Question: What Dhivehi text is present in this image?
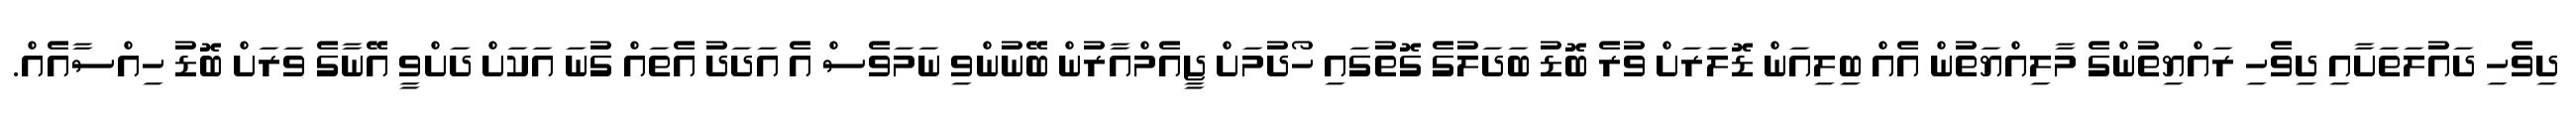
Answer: ދިވެހި ދައުލަތަށާއި ދިވެހި ރައްޔިތުންގެ މާލިއްޔަތުން އެއް ބިލިއަން ޑޮލަރަށް ވުރެ ބޮޑު ބަދަލުގެ ގޮތުގައި ހޯދުމަށް ޖީއެމްއާރުން ބޭނުންވި ނަމަވެސް އެ އަދަދު އެތައް ގުނަ އަކަށް ދަށްވީ އޭނާގެ ވަރަށް ބޮޑު ހިއްސާއެއް.